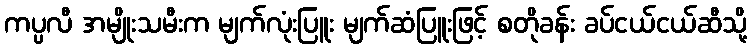
ကပ္ပလီ အမျိုးသမီးက မျက်လုံးပြူး မျက်ဆံပြူးဖြင့် စတိုခန်း ခပ်ငယ်ငယ်ဆီသို့